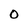
Character: 0